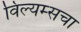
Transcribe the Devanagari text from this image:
विल्यम्सचा